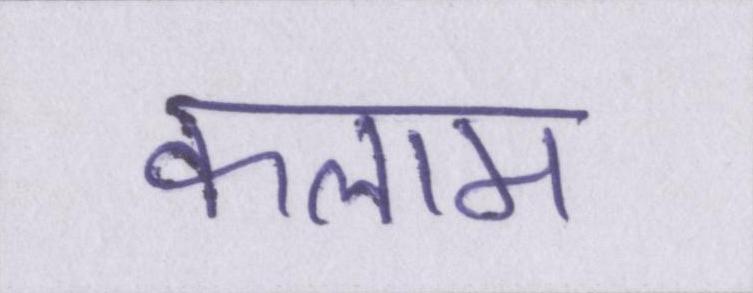
कलाम